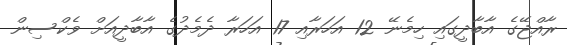
ރާއްޖޭގެ އާބާދީގައި ހިމެނޭ 12 އަހަރާއި 17 އަހަރާ ދެމެދުގެ އާބާދީއަށް ވެކްސިން